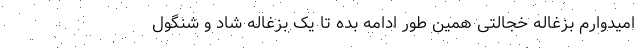
امیدوارم بزغاله خجالتی همین طور ادامه بده تا یک بزغاله شاد و شنگول